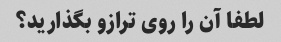
لطفا آن را روی ترازو بگذارید؟